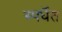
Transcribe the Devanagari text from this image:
स्पर्धॆत